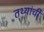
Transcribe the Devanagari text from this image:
तथ्यांची